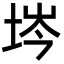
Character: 埁